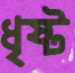
ধৃষ্ট